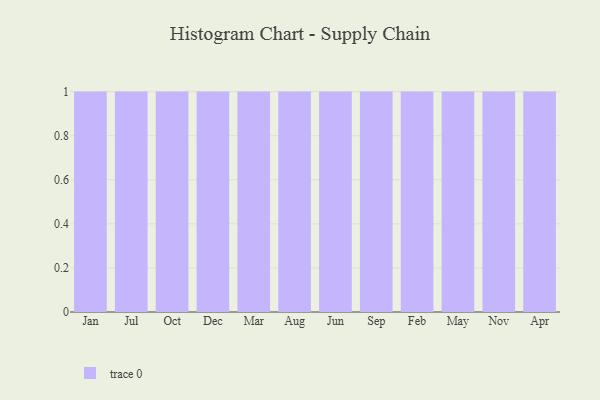
{"axis": {"x": "Month", "y": "Revenue (USD Million)"}, "legend": [""], "data": [{"x": "Jan", "y": 88, "type": ""}, {"x": "Jul", "y": 73, "type": ""}, {"x": "Oct", "y": 96, "type": ""}, {"x": "Dec", "y": 92, "type": ""}, {"x": "Mar", "y": 66, "type": ""}, {"x": "Aug", "y": 38, "type": ""}, {"x": "Jun", "y": 41, "type": ""}, {"x": "Sep", "y": 78, "type": ""}, {"x": "Feb", "y": 57, "type": ""}, {"x": "May", "y": 33, "type": ""}, {"x": "Nov", "y": 91, "type": ""}, {"x": "Apr", "y": 52, "type": ""}]}